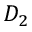
D _ { 2 }